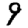
Digit: 9